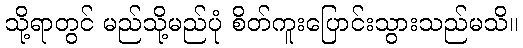
သို့ရာတွင် မည်သို့မည်ပုံ စိတ်ကူးပြောင်းသွားသည်မသိ။